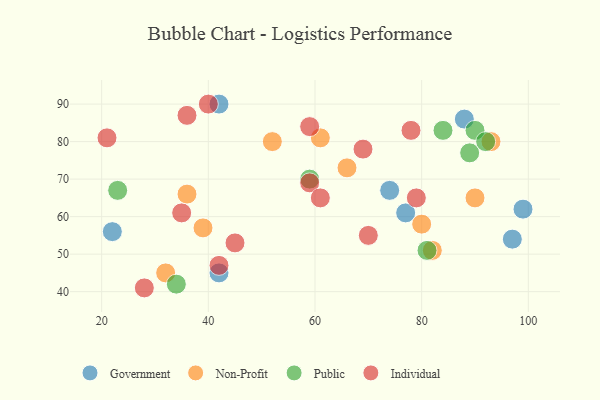
{"axis": {"x": "GDP", "y": "Life Expectancy"}, "legend": ["Government", "Individual", "Non-Profit", "Public"], "data": [{"x": "88", "y": 86, "type": "Government"}, {"x": "22", "y": 56, "type": "Government"}, {"x": "74", "y": 67, "type": "Government"}, {"x": "99", "y": 62, "type": "Government"}, {"x": "42", "y": 45, "type": "Government"}, {"x": "77", "y": 61, "type": "Government"}, {"x": "97", "y": 54, "type": "Government"}, {"x": "42", "y": 90, "type": "Government"}, {"x": "36", "y": 66, "type": "Non-Profit"}, {"x": "80", "y": 58, "type": "Non-Profit"}, {"x": "39", "y": 57, "type": "Non-Profit"}, {"x": "93", "y": 80, "type": "Non-Profit"}, {"x": "61", "y": 81, "type": "Non-Profit"}, {"x": "52", "y": 80, "type": "Non-Profit"}, {"x": "32", "y": 45, "type": "Non-Profit"}, {"x": "66", "y": 73, "type": "Non-Profit"}, {"x": "90", "y": 65, "type": "Non-Profit"}, {"x": "82", "y": 51, "type": "Non-Profit"}, {"x": "89", "y": 77, "type": "Public"}, {"x": "59", "y": 70, "type": "Public"}, {"x": "90", "y": 83, "type": "Public"}, {"x": "34", "y": 42, "type": "Public"}, {"x": "23", "y": 67, "type": "Public"}, {"x": "81", "y": 51, "type": "Public"}, {"x": "84", "y": 83, "type": "Public"}, {"x": "92", "y": 80, "type": "Public"}, {"x": "21", "y": 81, "type": "Individual"}, {"x": "59", "y": 69, "type": "Individual"}, {"x": "36", "y": 87, "type": "Individual"}, {"x": "35", "y": 61, "type": "Individual"}, {"x": "61", "y": 65, "type": "Individual"}, {"x": "79", "y": 65, "type": "Individual"}, {"x": "70", "y": 55, "type": "Individual"}, {"x": "28", "y": 41, "type": "Individual"}, {"x": "42", "y": 47, "type": "Individual"}, {"x": "40", "y": 90, "type": "Individual"}, {"x": "69", "y": 78, "type": "Individual"}, {"x": "45", "y": 53, "type": "Individual"}, {"x": "78", "y": 83, "type": "Individual"}, {"x": "59", "y": 84, "type": "Individual"}]}